Vaccination United Provinces of Agra and Oudh 1923-1928 - 1923-1928
Year: 1923
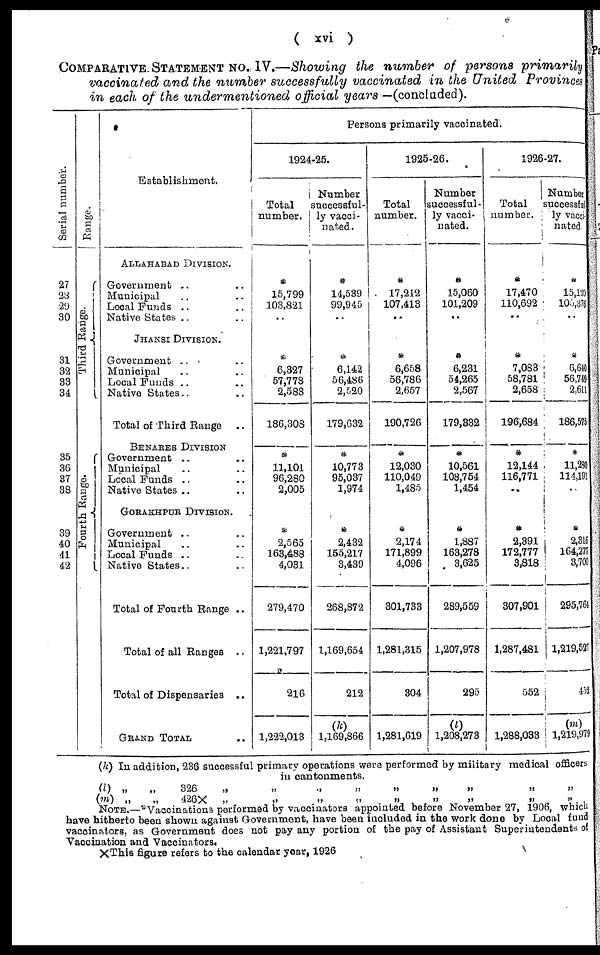
( xvi )
COMPARATIVE. STATEMENT No. IV.—Showing the number of persons primarily
vaccinated and the number successfully vaccinated in the United Provinces
in each of the undermentioned official years —(concluded).
Serial number.
27
28
29
30
31
32
33
34
35
36
37
38
39
40
41
42
Range.
Third
Range.
Fourth Range.
Establishment.
ALLAHABAD DIVISION.
Government .. ..
Municipal .. ..
Local Funds .. ..
Native States .. ..
JHANSI DIVISION.
Government .. ..
Municipal .. ..
Local Funds .. ..
Native States .. ..
Total of Third Range
..
BENARES DIVISION
Government .. ..
Municipal .. ..
Local Funds .. ..
Native States .. ..
GORAKHPUR DIVISION.
Government .. ..
Municipal .. ..
Local Funds .. ..
Native States.. ..
Total of Fourth Range ..
Total of all Ranges ..
Total of Dispensaries ..
GRAND TOTAL ..
Persons primarily vaccinated.
1924-25.
Total
number.
*
15,799
103,821
..
*
6,327
57,778
2,583
186,308
*
11,101
96,280
2,005
*
2,565
163,488
4,031
279,470
1,221,797
216
1,222,013
Number
successful-
ly vacci-
nated.
*
14,539
99,945
..
*
6,142
56,486
2,520
179,632
*
10,773
95,037
1,974
*
2,432
155,217
3,439
268,872
1,169,654
212
(k)
1,169,866
1925-26.
Total
number.
*
17,212
107,413
..
*
6,658
56,786
2,657
190,726
*
12,030
110,049
1,485
*
2,174
171,899
4,096
301,733
1,281,315
304
1,281,619
Number
successful-
ly vacci-
nated.
*
15,060
101,209
..
*
6,231
54,265
2,567
179,332
*
10,561
108,754
1,454
*
1,887
163,278
3,625
289,559
1,207,978
295
(l)
1,208,273
1926-27.
Total
number.
*
17,470
110,692
..
*
7,083
58,781
2,658
196,684
*
12,144
116,771
..
*
2,391
172,777
3,818
307,901
1,287,481
552
1,288,033
Number
successful¬
ly vacci¬
nated.
*
15,199
105,376
..
*
6,640
56,749
2,611
186,575
*
11,280
114,191
..
*
2,316
164,277
3,700
295,764
1,219,527
452
1,219,979
(k)
(l)
(m)
In addition236 successful primary operations were performed by military medical officers
in cantonments.
„
„
326
„
„
„
„
„
„
„
„
„
„
„
426 X
„
„
„
„
„
„
„
„
„
NOTE —* Vaccinations performed by vaccinators appointed before November 27, 1906, which
have hitherto been shown against Government, have been included in the work done by Local fund
vacoinators, as Government does not pay any portion of the pay of Assistant Superintendents of
Vaccination and Vaccinators.
XThis figure refers to the calendar year, 1926